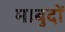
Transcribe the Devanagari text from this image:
माबुदों